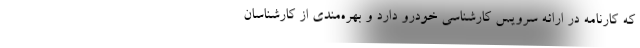
که کارنامه در ارائه سرویس کارشناسی خودرو دارد و بهره‌مندی از کارشناسان